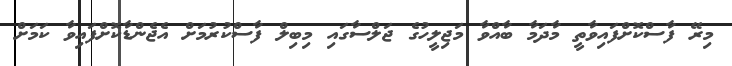
މިރޭ ފާސްކޮށްފައިވާތީ މާދަމާ ބާއްވާ މަޖިލީހުގެ ޖަލްސާގައި މިބިލް ފާސްކުރުމަށް އެޖެންޑާކޮށްފައިވާ ކަމަށް